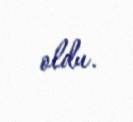
oldu.